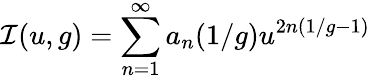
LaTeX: {\cal I}(u,g)=\sum_{n=1}^{\infty}a_{n}(1/g)u^{2n(1/g-1)}